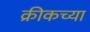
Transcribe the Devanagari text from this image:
क्रीकच्या